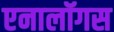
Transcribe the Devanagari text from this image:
एनालॉगस